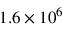
1 . 6 \times 1 0 ^ { 6 }